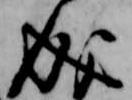
成